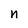
Character: n